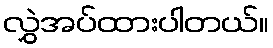
လွှဲအပ်ထားပါတယ်။